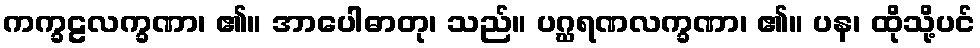
ကက္ခဠလက္ခဏာ၊ ၏။ အာပေါဓာတု၊ သည်။ ပဂ္ဃရဏလက္ခဏာ၊ ၏။ ပန၊ ထိုသို့ပင်